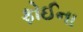
ફોઈના